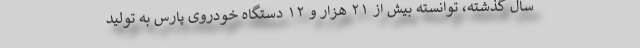
سال گذشته، توانسته بیش از ۲۱ هزار و ۱۲ دستگاه خودروی پارس به تولید